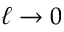
\ell \to 0